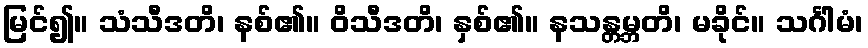
မြင်၍။ သံသီဒတိ၊ နစ်၏။ ဝိသီဒတိ၊ နှစ်၏။ နသန္တမ္ဘတိ၊ မခိုင်။ သင်္ဂါမံ၊